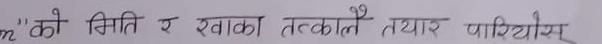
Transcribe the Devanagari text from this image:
'को मिति र खाका तत्कालै तयार पारियोस्